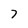
Character: 7